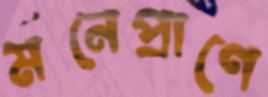
মনেপ্রাণে